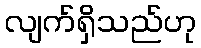
လျက်ရှိသည်ဟု